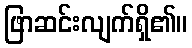
ဖြာဆင်းလျက်ရှိ၏။